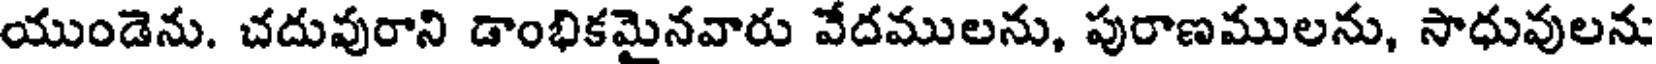
యుండెను. చదువురాని డాంభికమైనవారు వేదములను, పురాణములను, సాధువులను